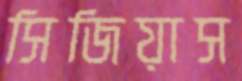
সিজিয়াস